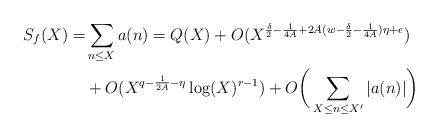
LaTeX: \begin{align*} S_f(X) =& \sum_{n\leq X} a(n) = Q(X) + O(X^{\frac{\delta}{2}-\frac{1}{4A}+2A(w-\frac{\delta}{2}-\frac{1}{4A})\eta + \epsilon}) \\ & + O(X^{q-\frac{1}{2A}-\eta}\log(X)^{r-1})+O\bigg( \sum_{X \leq n \leq X'} |a(n)| \bigg) \end{align*}